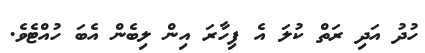
ހުދު އަދި ރަތް ކުލަ އެ ފިހާރަ އިން ލިބެން އެބަ ހުއްޓެވެ.